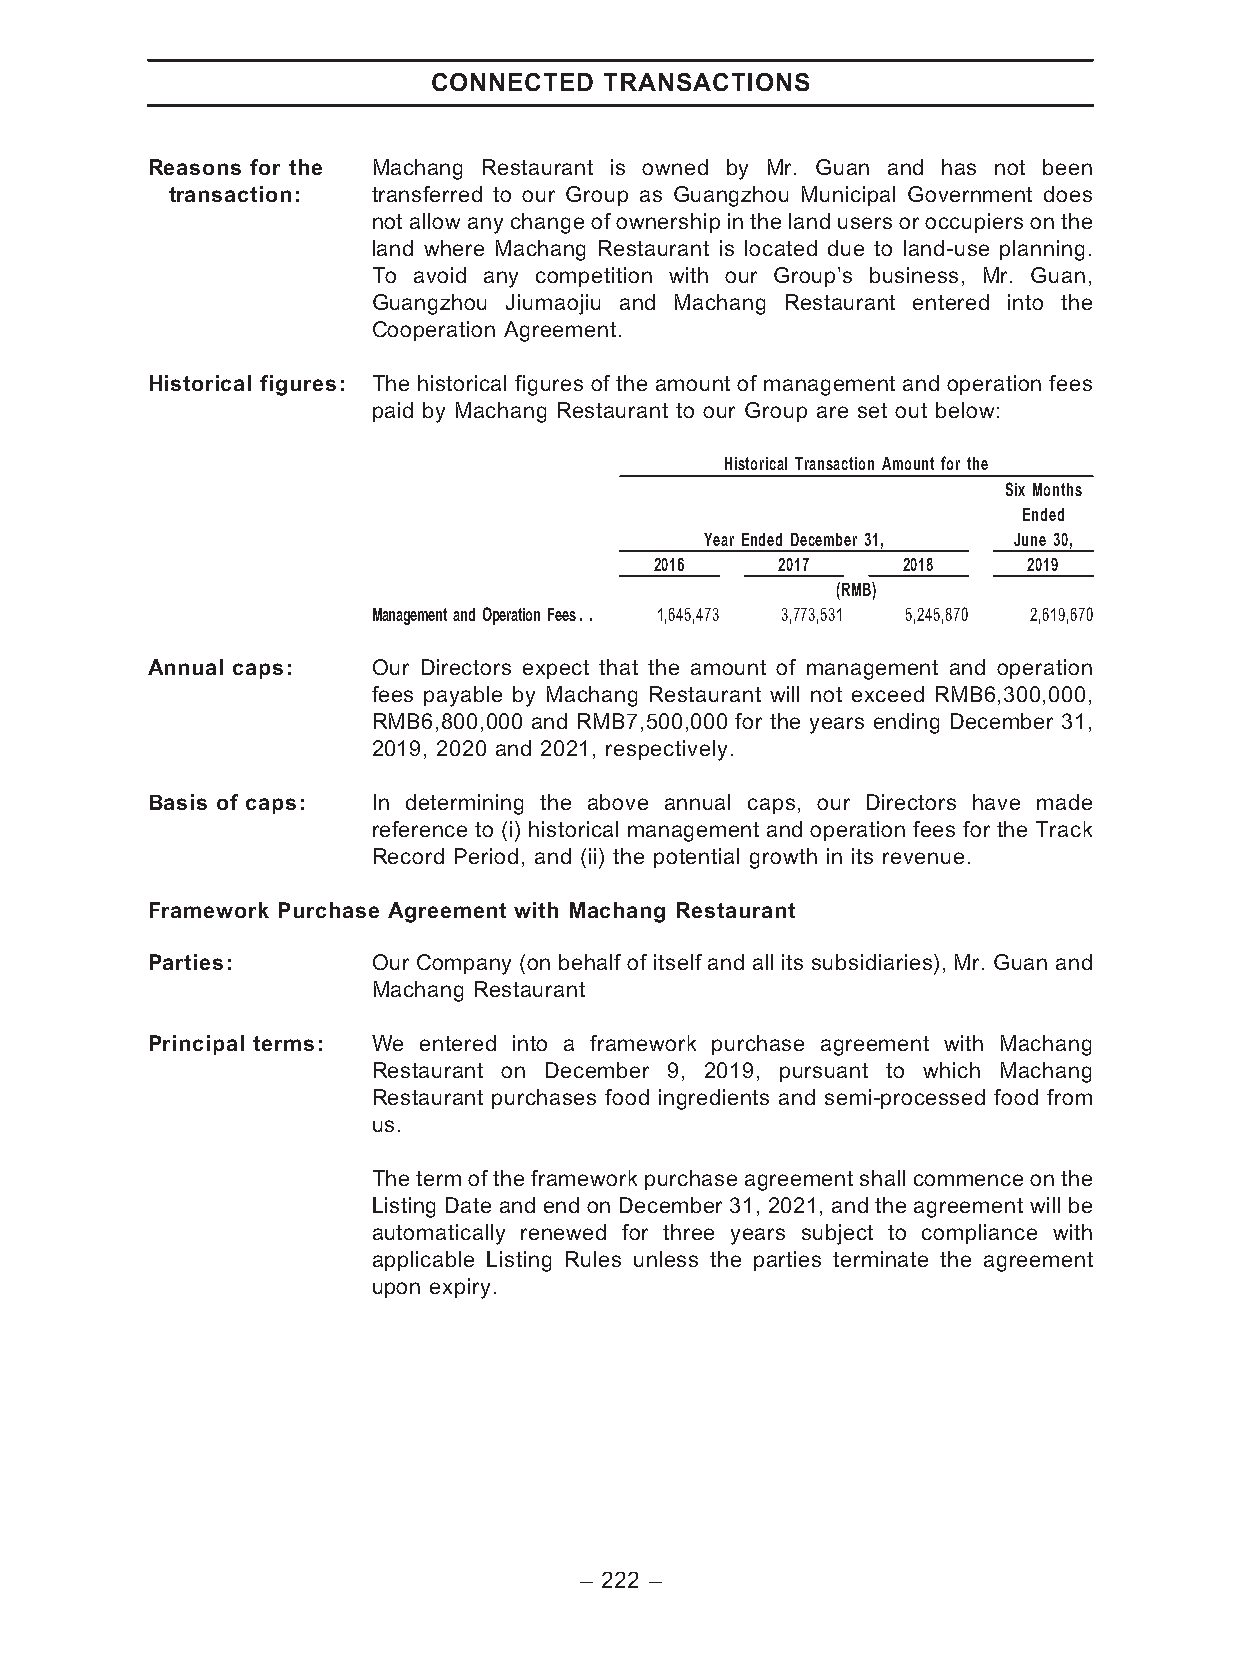
CONNECTED  TRANSACTIONS
 Reasons for the Machang Restaurant is owned by Mr. Guan and has not been
 transaction:  transferred to our Group as Guangzhou Municipal Government does
 not allow any change of ownership in the land users or occupiers on the
 land where Machang Restaurant is located due to land-use planning.
 To avoid any competition with our Group’s business, Mr. Guan,
 Guangzhou Jiumaojiu and Machang Restaurant entered into the
 Cooperation Agreement.
 Historical figures: The historical figures of the amount of management and operation fees
 paid by Machang Restaurant to our Group are set out below:
 Historical Transaction Amount for the
 Six Months
 Ended
 Year Ended December 31, June 30,
 2016     2017    2018    2019
 (RMB)
 ManagementandOperationFees.. 1,645,473 3,773,531 5,245,870 2,619,670
 Annual caps:   Our Directors expect that the amount of management and operation
 fees payable by Machang Restaurant will not exceed RMB6,300,000,
 RMB6,800,000 and RMB7,500,000 for the years ending December 31,
 2019, 2020 and 2021, respectively.
 Basis of caps: In determining the above annual caps, our Directors have made
 reference to (i) historical management and operation fees for the Track
 Record Period, and (ii) the potential growth in its revenue.
 Framework Purchase Agreement with Machang Restaurant
 Parties:       Our Company (on behalf of itself and all its subsidiaries), Mr. Guan and
 Machang Restaurant
 Principal terms: We entered into a framework purchase agreement with Machang
 Restaurant on December 9, 2019, pursuant to which Machang
 Restaurant purchases food ingredients and semi-processed food from
 us.
 The term of the frameworkpurchase agreement shallcommence on the
 Listing Date and end on December 31, 2021, and the agreement will be
 automatically renewed for three years subject to compliance with
 applicable Listing Rules unless the parties terminate the agreement
 upon expiry.
 – 222 –